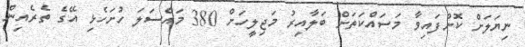
ނިޔަލަށް ކޮށްފައިވާ މަސައްކަތަށް ބަލާއިރު މަޖިލީހަށް 380 މައްސަލަ ހުށަހެޅި އޭގެ ތެރެއިން